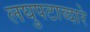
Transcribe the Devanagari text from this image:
लघुपटाव्दारे